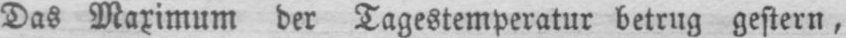
Das Maximum der Tagestemperatur betrug gestern,